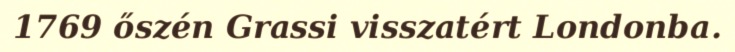
1769 őszén Grassi visszatért Londonba.